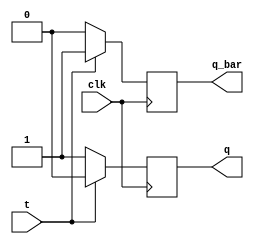
`timescale 1ns / 1ps
//////////////////////////////////////////////////////////////////////////////////
// Company: 
// Engineer: 
// 
// Design Name: 
// Module Name: t_flipflop
// Project Name: 
// Target Devices: 
// Tool Versions: 
// Description: 
// 
// Dependencies: 
// 
// Revision:
// Revision 0.01 - File Created
// Additional Comments:
// 
//////////////////////////////////////////////////////////////////////////////////
module t_flipflop(
                  input t,clk,
                  output reg q,q_bar);

always@(posedge clk)
begin
    if(t==0)
    begin
    q= 1'b1;
    q_bar= 1'b0;
    end
    else
    begin
    q= 1'b0;
    q_bar= 1'b1;
    end
end
endmodule